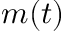
m ( t )